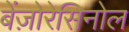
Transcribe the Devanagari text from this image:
बेंज़ोरेसिनोल